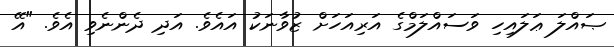
ޞައްލަ ޢަލައިހި ވަސައްލަމްގެ އަރިއަހަށް ޒުވާނަކު އައެވެ. އަދި ދެންނެވި އެވެ. "އޭ